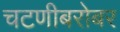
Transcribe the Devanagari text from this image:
चटणीबरोबर